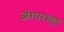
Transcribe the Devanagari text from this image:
अंगारस्तूप